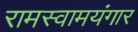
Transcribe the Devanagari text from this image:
रामस्वामयंगार